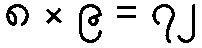
၈ × ၉ = ၇၂